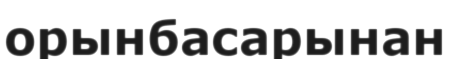
орынбасарынан